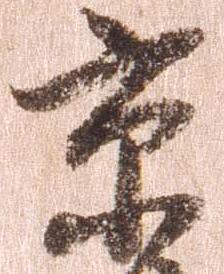
京